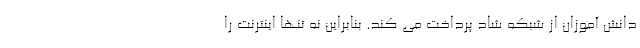
دانش آموزان از شبکه شاد پرداخت می کند. بنابراین نه تنها اینترنت را